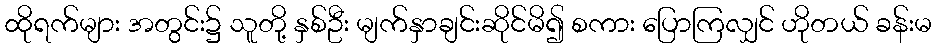
ထိုရက်များ အတွင်း၌ သူတို့ နှစ်ဦး မျက်နှာချင်းဆိုင်မိ၍ စကား ပြောကြလျှင် ဟိုတယ် ခန်းမ